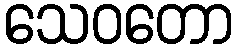
သေဝတော